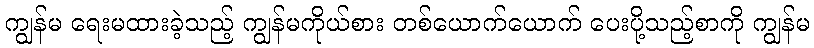
ကျွန်မ ရေးမထားခဲ့သည့် ကျွန်မကိုယ်စား တစ်ယောက်ယောက် ပေးပို့သည့်စာကို ကျွန်မ